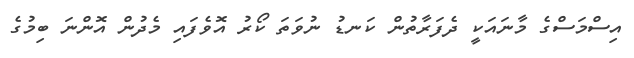
އިސްމަސްގެ މާނައަކީ ދެފަރާތުން ކަނޑު ނުވަތަ ކޯރު އޮވެފައި މެދުން އޮންނަ ބިމުގެ